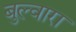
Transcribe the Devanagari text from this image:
बुल्वारा